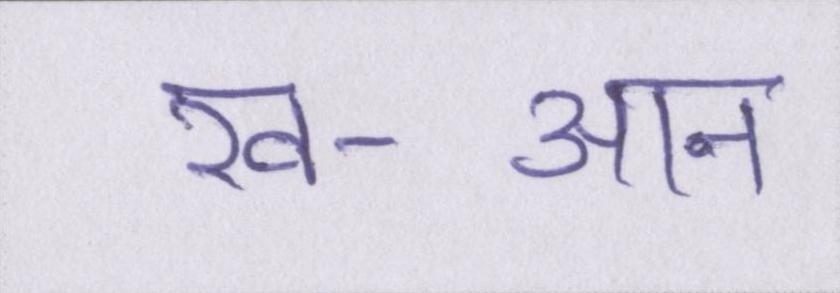
ख-आन